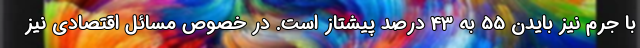
با جرم نیز بایدن 55 به 43 درصد پیشتاز است. در خصوص مسائل اقتصادی نیز